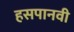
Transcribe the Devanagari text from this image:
हसपानवी